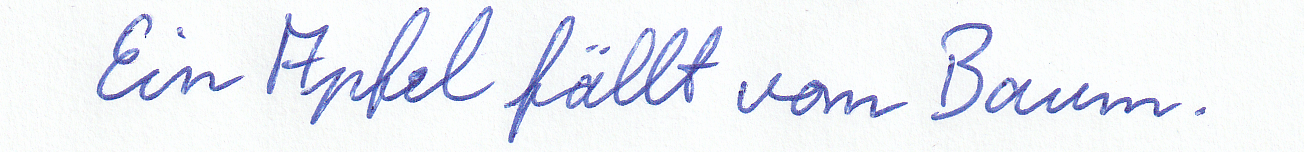
Ein Apfel fällt vom Baum.